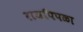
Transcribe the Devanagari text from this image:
राजपिपळा